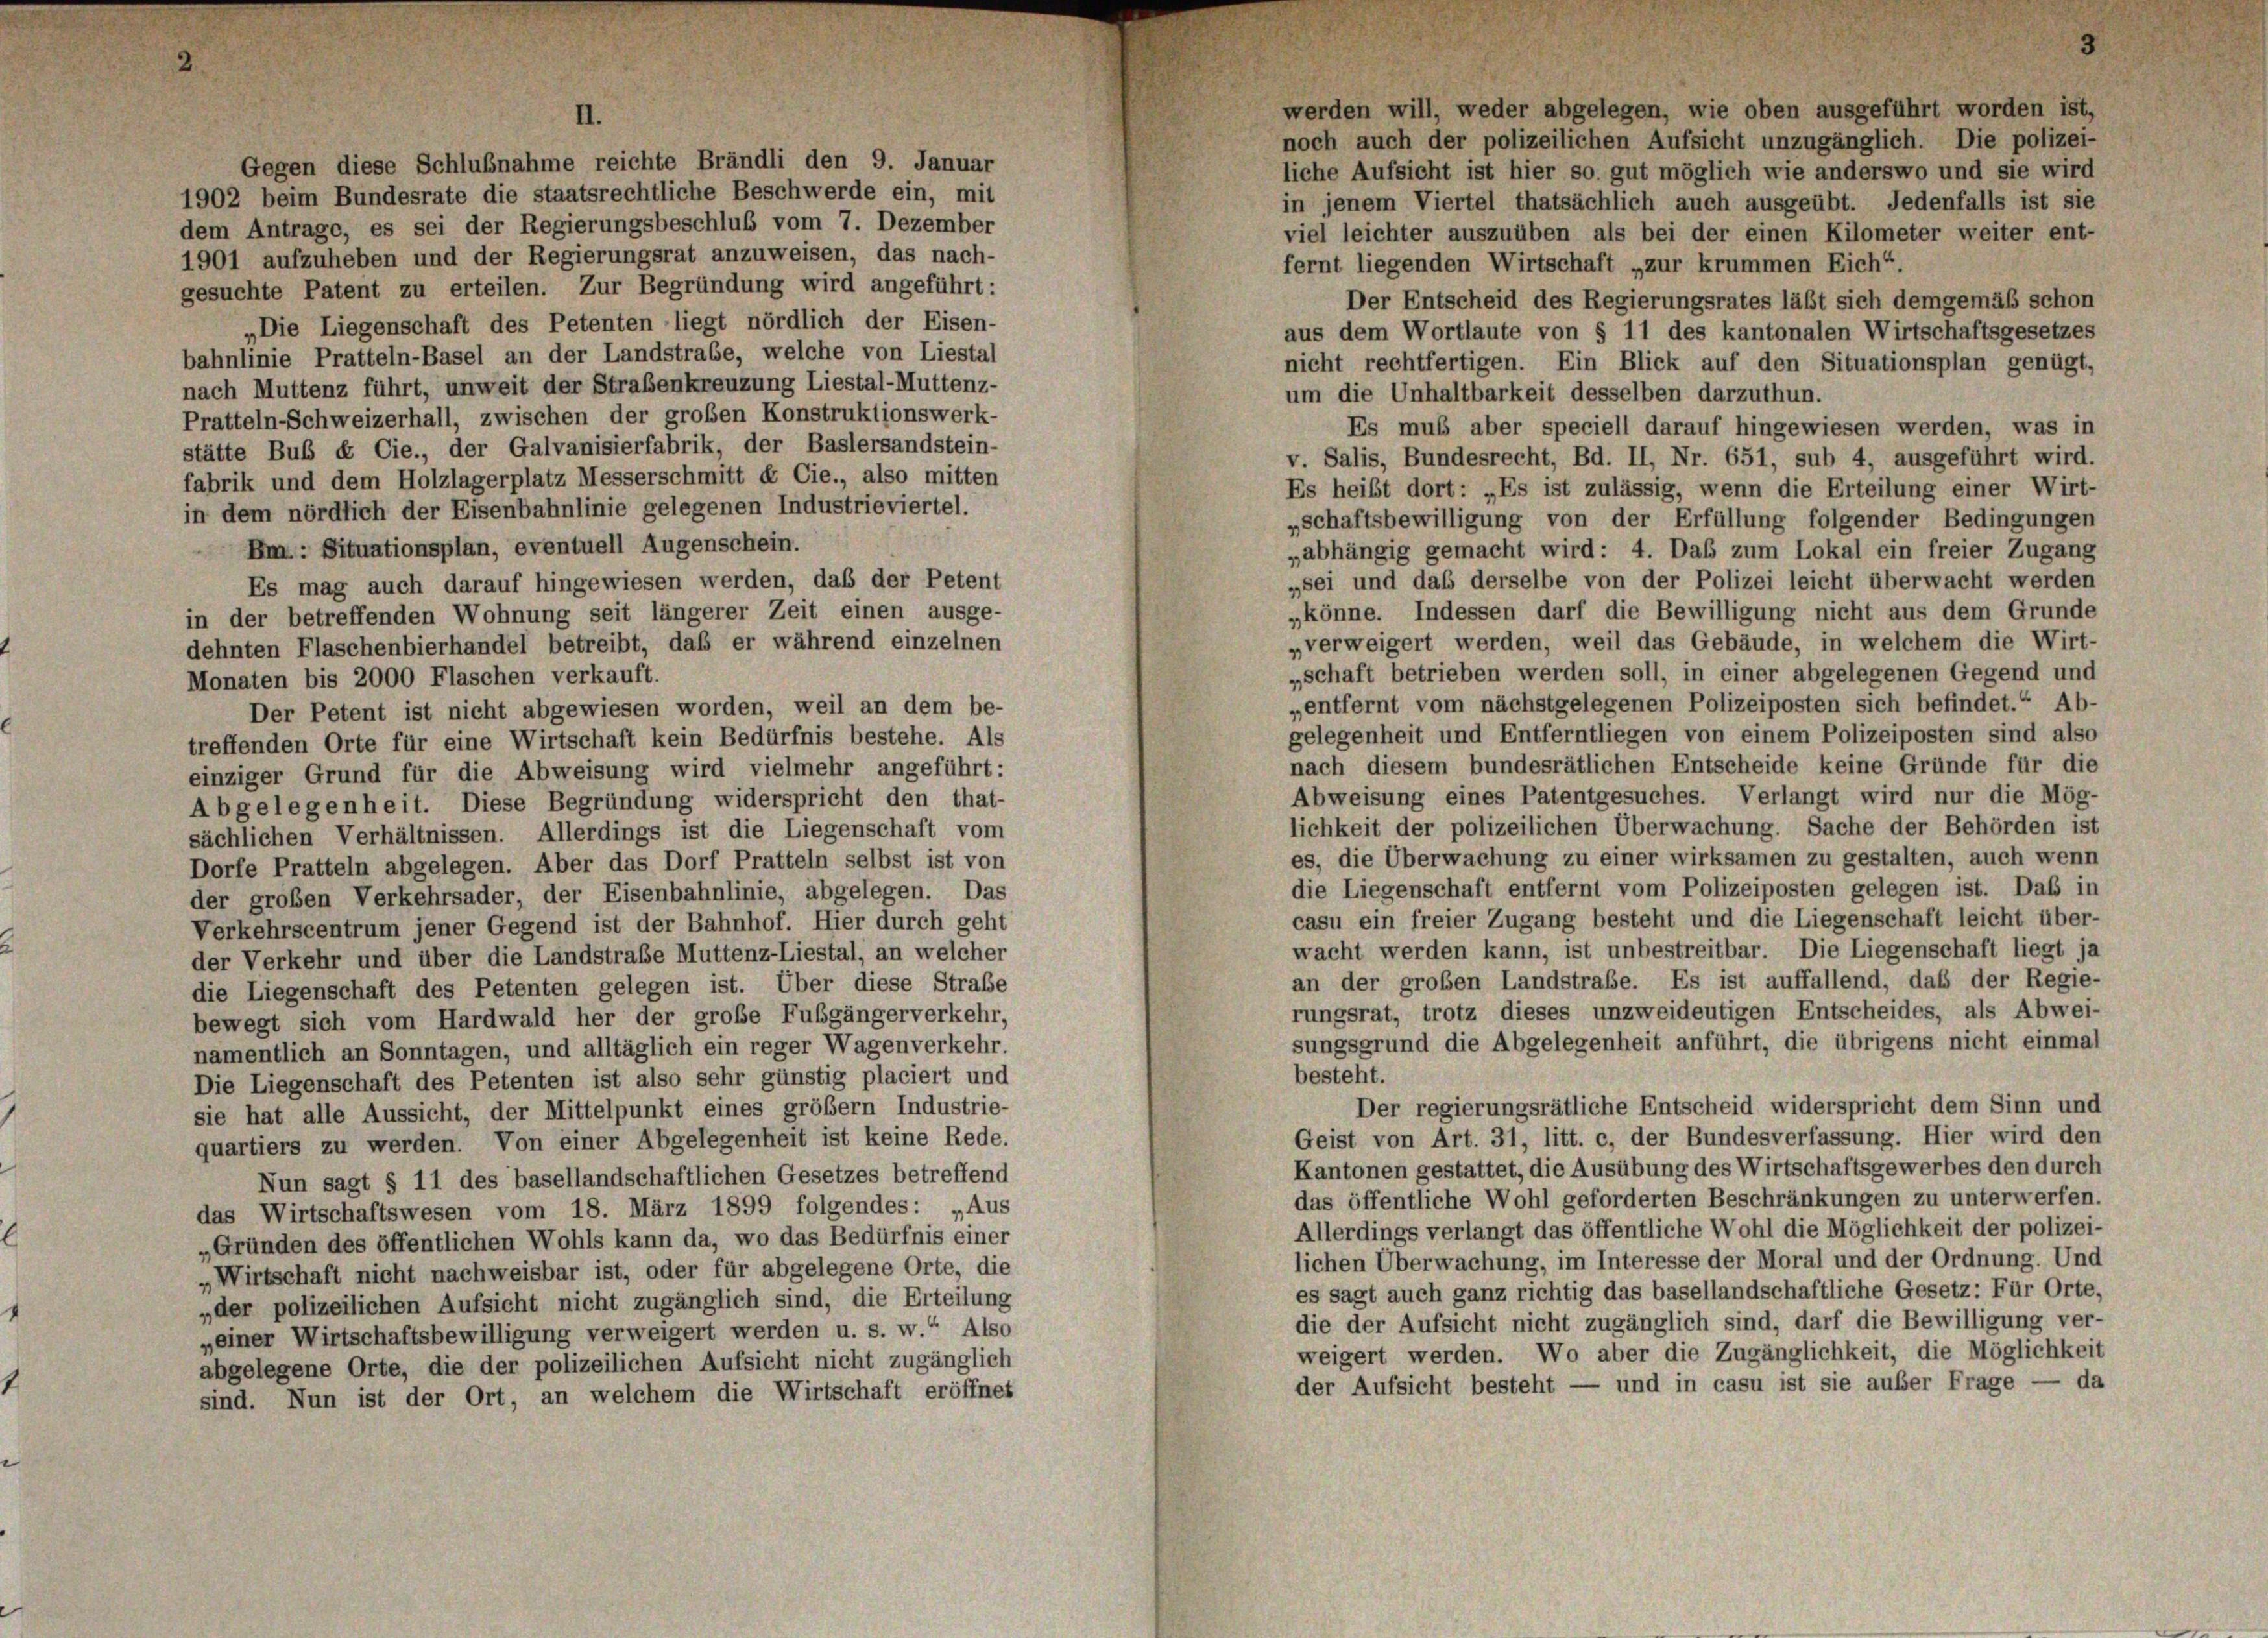
2

werden will, weder abgelegen, wie oben ausgeführt worden ist,
noch auch der polizeilichen Aufsicht unzugänglich. Die polizei-
Gegen diese Schlußnahme reichte Brändli den 9. Januar
liche Aufsicht ist hier so gut möglich wie anderswo und sie wird
1902 beim Bundesrate die staatsrechtliche Beschwerde ein, mit
in jenem Viertel thatsächlich auch ausgeübt. Jedenfalls ist sie
dem Antrage, es sei der Regierungsbeschluß vom 7. Dezember
viel leichter auszuüben als bei der einen Kilometer weiter ent-
1901 aufzuheben und der Regierungsrat anzuweisen, das nach-
fernt liegenden Wirtschaft „zur krummen Eich“.
gesuchte Patent zu erteilen. Zur Begründung wird angeführt:
Der Entscheid des Regierungsrates läßt sich demgemäß schon
„Die Liegenschaft des Petenten liegt nördlich der Eisen-
aus dem Wortlaute von § 11 des kantonalen Wirtschaftsgesetzes
bahnlinie Pratteln-Basel an der Landstrabe, welche von Liestal
nicht rechtfertigen. Ein Blick auf den Situationsplan genügt,
nach Muttenz führt, unweit der Straßenkreuzung Liestal-Muttenz-
um die Unhaltbarkeit desselben darzuthun.
Pratteln-Schweizerhall, zwischen der großen Konstruktionswerk-
Es muß aber speciell darauf hingewiesen werden, was in
stätte Bub & Cie., der Galvanisierfabrik, der Baslersandstein-
v. Salis, Bundesrecht, Bd. II, Nr. 651, sub 4, ausgeführt wird.
fabrik und dem Holzlagerplatz Messerschmitt de Cie., also mitten
Es heißt dort: „Es ist zulässig, wenn die Erteilung einer Wirt-
in dem nördlich der Eisenbahnlinie gelegenen Industrieviertel.
„schaftsbewilligung von der Erfüllung folgender Bedingungen
Bm.: Situationsplan, eventuell Augenschein.
„abhängig gemacht wird: 4. Das zum Lokal ein freier Zugang
„sei und daß derselbe von der Polizei leicht überwacht werden
Es mag auch darauf hingewiesen werden, daß der Petent
„könne. Indessen darf die Bewilligung nicht aus dem Grunde
in der betreffenden Wohnung seit längerer Zeit einen ausge-
„verweigert werden, weil das Gebäude, in welchem die Wirt-
dehnten Flaschenbierhandel betreibt, daß er während einzelnen
„schaft betrieben werden soll, in einer abgelegenen Gegend und
Monaten bis 2000 Flaschen verkauft.
„entfernt vom nächstgelegenen Polizeiposten sich befindet.“ Ab-
Der Petent ist nicht abgewiesen worden, weil an dem be-
gelegenheit und Entferntliegen von einem Polizeiposten sind also
treffenden Orte für eine Wirtschaft kein Bedürfnis bestehe. Als
nach diesem bundesrätlichen Entscheide keine Gründe für die
einziger Grund für die Abweisung wird vielmehr angeführt:
Abweisung eines Patentgesuches. Verlangt wird nur die Mög-
Abgelegenheit. Diese Begründung widerspricht den that-
lichkeit der polizeilichen Überwachung. Sache der Behörden ist
sächlichen Verhältnissen. Allerdings ist die Liegenschaft vom
es, die Überwachung zu einer wirksamen zu gestalten, auch wenn
Dorfe Pratteln abgelegen. Aber das Dorf Pratteln selbst ist von
die Liegenschaft entfernt vom Polizeiposten gelegen ist. Das in
der großen Verkehrsader, der Eisenbahnlinie, abgelegen. Das
casu ein freier Zugang besteht und die Liegenschaft leicht über-
Verkehrscentrum jener Gegend ist der Bahnhof. Hier durch geht
wacht werden kann, ist unbestreitbar. Die Liegenschaft liegt ja
der Verkehr und über die Landstraße Muttenz-Liestal, an welcher
an der groben Landstrafe. Es ist auffallend, daß der Regie-
die Liegenschaft des Petenten gelegen ist. Über diese Straße
rungsrat, trotz dieses unzweideutigen Entscheides, als Abwei-
bewegt sich vom Hardwald her der große Fußgängerverkehr,
sungsgrund die Abgelegenheit anführt, die übrigens nicht einmal
namentlich an Sonntagen, und alltäglich ein reger Wagenverkehr
besteht.
Die Liegenschaft des Petenten ist also sehr günstig placiert und
Der regierungsrätliche Entscheid widerspricht dem Sinn und
sie hat alle Aussicht, der Mittelpunkt eines größem Industrie-
Geist von Art. 31, litt. c, der Bundesverfassung. Hier wird den
quartiers zu werden. Von einer Abgelegenheit ist keine Rede.
Kantonen gestattet, die Ausübung des Wirtschaftsgewerbes den durch
Nun sagt § 11 des basellandschaftlichen Gesetzes betreffend
das öffentliche Wohl geforderten Beschränkungen zu unterwerfen.
das Wirtschaftswesen vom 18. März 1899 folgendes: „Aus
Allerdings verlangt das öffentliche Wohl die Möglichkeit der polizei-
„Gründen des öffentlichen Wohls kann da, wo das Bedürfnis einer
lichen Überwachung, im Interesse der Moral und der Ordnung. Und
„Wirtschaft nicht nachweisbar ist, oder für abgelegene Orte, die
es sagt auch ganz richtig das basellandschaftliche Gesetz: Für Orte,
„der polizeilichen Aufsicht nicht zugänglich sind, die Erteilung
die der Aufsicht nicht zugänglich sind, darf die Bewilligung ver-
„einer Wirtschaftsbewilligung verweigert werden u. s. w.“ Also
weigert werden. Wo aber die Zugänglichkeit, die Möglichkeit
abgelegene Orte, die der polizeilichen Aufsicht nicht zugänglich
der Aufsicht besteht — und in casu ist sie außer Frage — da
sind. Nun ist der Ort, an welchem die Wirtschaft eröffnet

II.